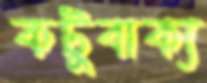
কটুবাক্য